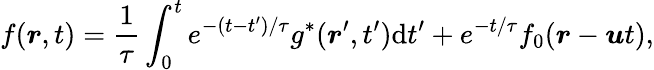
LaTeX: f(\boldsymbol{r},t)=\frac{1}{\tau}\int_{0}^{t}e^{-(t-t^{\prime})/\tau}g^{*}(\boldsymbol{r}^{\prime},t^{\prime})\mathrm{{d}}t^{\prime}+e^{-t/\tau}f_{0}(\boldsymbol{r}-\boldsymbol{u}t),